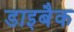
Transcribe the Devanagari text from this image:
डाइबैक